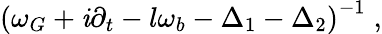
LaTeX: \left(\omega_{G}+\mathit{i}\partial_{t}-l\omega_{b}-\Delta_{1}-\Delta_{2}\right)^{-1}\; ,